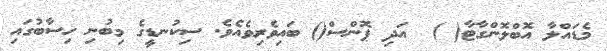
މެޑައްލާ އޮބްލޮންގާޓާ( )  އަދި ޕޮންސް() ބައިވެރިވެއެވެ. ސިކުނޑީގެ މިބުނި ހިސާބުގައި